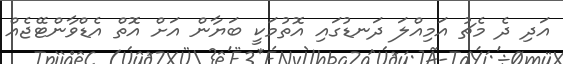
އަދި ދެ މެޗު އަމިއްލަ ދަނޑުގައި އޮތުމަކީ ބަޔާން އަށް އޮތް އެޑްވާންޓޭޖެއް